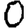
Digit: 0